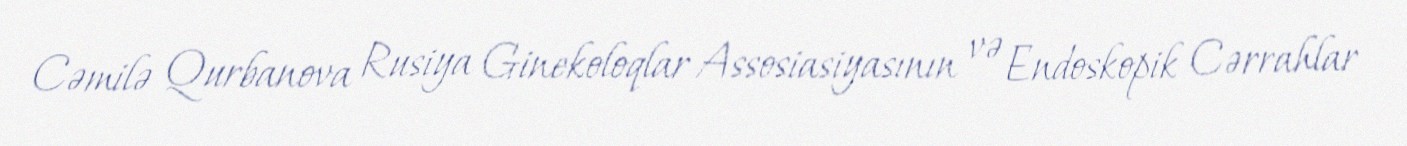
Cəmilə Qurbanova Rusiya Ginekoloqlar Assosiasiyasının və Endoskopik Cərrahlar